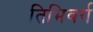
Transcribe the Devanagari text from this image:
तिमिवर्ग